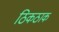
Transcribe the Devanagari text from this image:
ठिकठाक